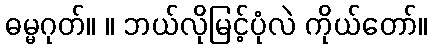
ဓမ္မဂုတ်။ ။ ဘယ်လိုမြင့်ပုံလဲ ကိုယ်တော်။